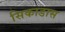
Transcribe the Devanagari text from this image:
सिकाडास